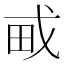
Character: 𤰭